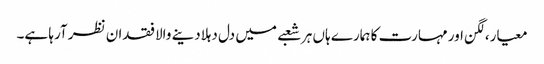
معیار،لگن اور مہارت کا ہمارے ہاں ہر شعبے میں دل دہلادینے والا فقدان نظر آرہا ہے۔